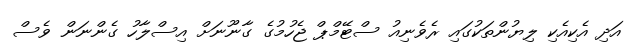
އަދި އެކިއެކި ލިޔުންތަކުގައި ރެވެނިއު ސްޓޭމްޕް ޖެހުމުގެ ގާނޫނަށް އިސްލާހު ގެންނަން ވެސް